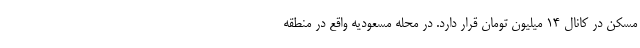
مسکن در کانال ۱۴ میلیون تومان قرار دارد. در محله مسعودیه واقع در منطقه